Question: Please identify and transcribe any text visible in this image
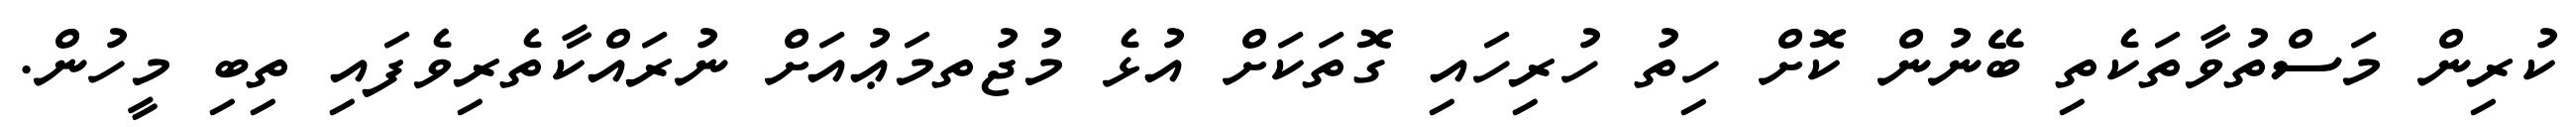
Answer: ކުރިން މަސްތުވާތަކެތި ބޭނުން ކޮށް ހިތު ހުރިހައި ގޮތަކަށް އުޅެ މުޖުތމަޢުއަށް ނުރައްކާތެރިވެފައި ތިބި މީހުން.